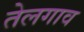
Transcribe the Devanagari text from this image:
तेलगाव